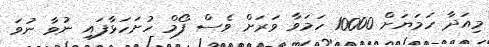
މިއަދާ ހަމަޔަށް 10000 ހަމަވާ ވަރަށް ވެސް ފޯމް ހުށަހަޅާފައި ނުވާ ނުވަ